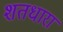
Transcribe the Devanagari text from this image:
शतधारा